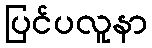
ပြင်ပလူနာ